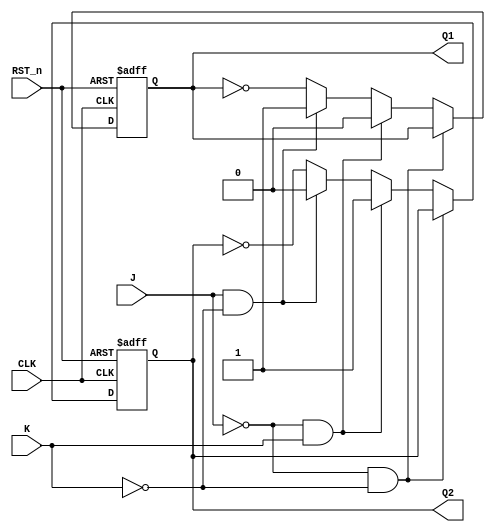
`timescale 1ns / 1ps
//////////////////////////////////////////////////////////////////////////////////
// Company: 
// Engineer: 
// 
// Design Name: 
// Module Name: JK_FF
// Project Name: 
// Target Devices: 
// Tool Versions: 
// Description: 
// 
// Dependencies: 
// 
// Revision:
// Revision 0.01 - File Created
// Additional Comments:
// 
//////////////////////////////////////////////////////////////////////////////////


module JK_FF(
    input CLK,
    input J,
    input K,
    input RST_n,
    output reg Q1,
    output reg Q2
    );
always @(posedge CLK or negedge RST_n)
    begin
    if(~RST_n)
        begin
            Q1<=1'b0;
            Q2<=1'b1;
        end
    else
        begin
        if(J==0&&K==0)
            begin
            Q1<=Q1;
            Q2<=Q2;
            end
        else if(J==0&&K==1)
            begin
            Q1<=0;
            Q2<=1;
            end
        else if(J==1&&K==0)
            begin
            Q1<=1;
            Q2<=0;
            end
        else
            begin
            Q1<=~Q1;
            Q2<=~Q2;
            end               
        end
    end
    
    
endmodule